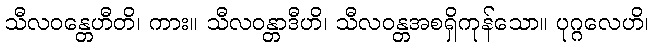
သီလဝန္တေဟီတိ၊ ကား။ သီလဝန္တာဒီဟိ၊ သီလဝန္တအစရှိကုန်သော။ ပုဂ္ဂလေဟိ၊